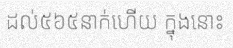
ដល់៥៦៥នាក់ហើយ ក្នុងនោះ